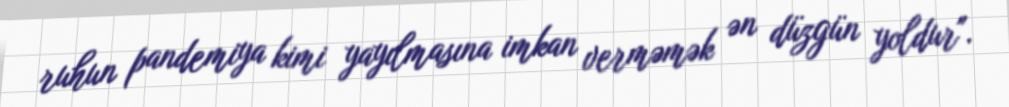
ruhun pandemiya kimi yayılmasına imkan verməmək ən düzgün yoldur".